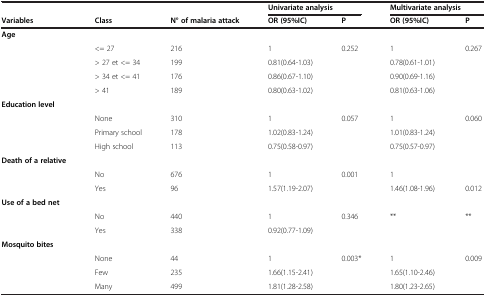
<table><thead><tr><td><b> </b></td><td><b> </b></td><td><b> </b></td><td colspan="2"><b>Univariate analysis</b></td><td colspan="2"><b>Multivariate analysis</b></td></tr><tr><td><b>Variables</b></td><td><b>Class</b></td><td><b>N° of malaria attack</b></td><td><b>OR (95%IC)</b></td><td><b>P</b></td><td><b>OR (95%IC)</b></td><td><b>P</b></td></tr></thead><tbody><tr><td><b>Age</b></td><td> </td><td> </td><td> </td><td> </td><td> </td><td> </td></tr><tr><td> </td><td>&lt;= 27</td><td>216</td><td>1</td><td>0.252</td><td>1</td><td>0.267</td></tr><tr><td> </td><td>&gt; 27 et &lt;= 34</td><td>199</td><td>0.81(0.64-1.03)</td><td> </td><td>0.78(0.61-1.01)</td><td> </td></tr><tr><td> </td><td>&gt; 34 et &lt;= 41</td><td>176</td><td>0.86(0.67-1.10)</td><td> </td><td>0.90(0.69-1.16)</td><td> </td></tr><tr><td> </td><td>&gt; 41</td><td>189</td><td>0.80(0.63-1.02)</td><td> </td><td>0.81(0.63-1.06)</td><td> </td></tr><tr><td><b>Education level</b></td><td> </td><td> </td><td> </td><td> </td><td> </td><td> </td></tr><tr><td> </td><td>None</td><td>310</td><td>1</td><td>0.057</td><td>1</td><td>0.060</td></tr><tr><td> </td><td>Primary school</td><td>178</td><td>1.02(0.83-1.24)</td><td> </td><td>1.01(0.83-1.24)</td><td> </td></tr><tr><td> </td><td>High school</td><td>113</td><td>0.75(0.58-0.97)</td><td> </td><td>0.75(0.57-0.97)</td><td> </td></tr><tr><td><b>Death of a relative</b></td><td> </td><td> </td><td> </td><td> </td><td> </td><td> </td></tr><tr><td> </td><td>No</td><td>676</td><td>1</td><td>0.001</td><td>1</td><td> </td></tr><tr><td> </td><td>Yes</td><td>96</td><td>1.57(1.19-2.07)</td><td> </td><td>1.46(1.08-1.96)</td><td>0.012</td></tr><tr><td><b>Use of a bed net</b></td><td> </td><td> </td><td> </td><td> </td><td> </td><td> </td></tr><tr><td> </td><td>No</td><td>440</td><td>1</td><td>0.346</td><td>**</td><td>**</td></tr><tr><td> </td><td>Yes</td><td>338</td><td>0.92(0.77-1.09)</td><td> </td><td> </td><td> </td></tr><tr><td><b>Mosquito bites</b></td><td> </td><td> </td><td> </td><td> </td><td> </td><td> </td></tr><tr><td> </td><td>None</td><td>44</td><td>1</td><td>0.003*</td><td>1</td><td>0.009</td></tr><tr><td> </td><td>Few</td><td>235</td><td>1.66(1.15-2.41)</td><td> </td><td>1.65(1.10-2.46)</td><td> </td></tr><tr><td> </td><td>Many</td><td>499</td><td>1.81(1.28-2.58)</td><td> </td><td>1.80(1.23-2.65)</td><td> </td></tr></tbody></table>